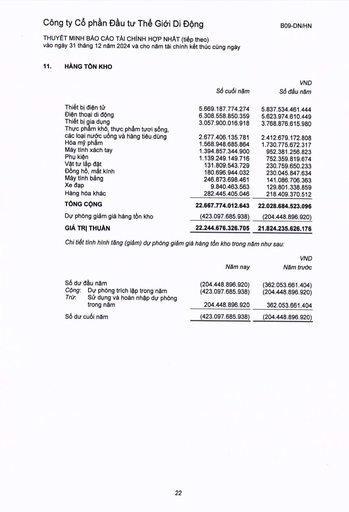
||Số cuối năm|VND Số đầu năm| |---|---|---| |Thiết bị điện tử|5.669.187.774.274|5.837.534.461.444| |Điện thoại di động|6.308.558.850.359|5.623.974.610.449| |Thiết bị gia dụng|3.057.900.016.918|3.768.876.615.980| |Thực phẩm khô, thực phẩm tươi sống, các loại nước uống và hàng tiêu dùng|2.677.406.135.781|2.412.679.172.808| |Hóa mỹ phẩm|1.568.948.685.864|1.730.775.672.317| |Máy tính xách tay|1.394.857.344.900|952.381.256.823| |Phụ kiện|1.139.249.149.716|752.359.819.674| |Vật tư lắp đặt|131.809.543.729|230.759.650.233| |Đồng hồ, mắt kính|180.696.944.032|230.045.847.634| |Máy tính bảng|246.873.698.461|141.086.706.363| |Xe đạp|9.840.463.563|129.801.338.859| |Hàng hóa khác|282.445.405.046|218.409.370.512| |TỔNG CỘNG|22.667.774.012.643|22.028.684.523.096| |Dự phòng giảm giá hàng tồn kho|(423.097.685.938)|(204.448.896.920)| |GIÁ TRỊ THUẦN|22.244.676.326.705|21.824.235.626.176| ||Năm nay|VND Năm trước| |---|---|---| |Số dư đầu năm|(204.448.896.920)|(362.053.661.404)| |Cộng: Dự phòng trích lập trong năm|(423.097.685.938)|(204.448.896.920)| |Trừ Sử dụng và hoàn nhập dự phòng trong năm|204.448.896.920|362.053.661.404| |Số dư cuối năm|(423.097.685.938)|(204.448.896.920)|